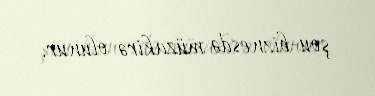
şou-biznesdə müzakirə olunur.